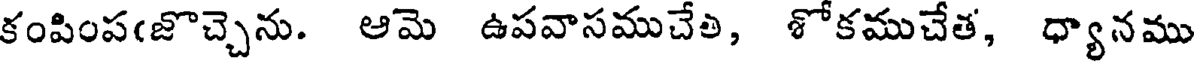
కంపింప(జొచ్చాను. ఆమె ఉపవాసముచేత, శోకముచేత, ధ్యానము